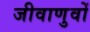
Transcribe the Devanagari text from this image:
जीवाणुवों